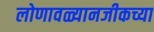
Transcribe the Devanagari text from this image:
लोणावळ्यानजीकच्या